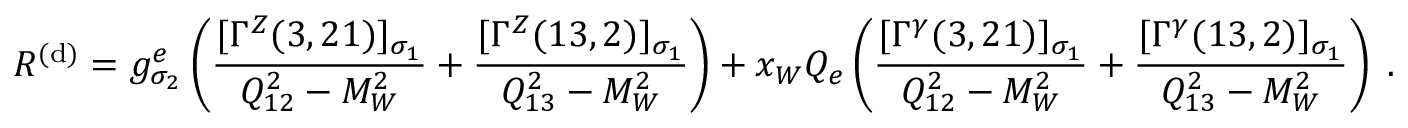
{ \cal R } ^ { ( \mathrm { d } ) } = g _ { \sigma _ { 2 } } ^ { e } \left( \frac { [ \Gamma ^ { Z } ( 3 , 2 1 ) ] _ { \sigma _ { 1 } } } { Q _ { 1 2 } ^ { 2 } - M _ { W } ^ { 2 } } + \frac { [ \Gamma ^ { Z } ( 1 3 , 2 ) ] _ { \sigma _ { 1 } } } { Q _ { 1 3 } ^ { 2 } - M _ { W } ^ { 2 } } \right) + x _ { W } Q _ { e } \left( \frac { [ \Gamma ^ { \gamma } ( 3 , 2 1 ) ] _ { \sigma _ { 1 } } } { Q _ { 1 2 } ^ { 2 } - M _ { W } ^ { 2 } } + \frac { [ \Gamma ^ { \gamma } ( 1 3 , 2 ) ] _ { \sigma _ { 1 } } } { Q _ { 1 3 } ^ { 2 } - M _ { W } ^ { 2 } } \right) \; .